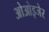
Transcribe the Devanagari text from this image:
ओओइजेर